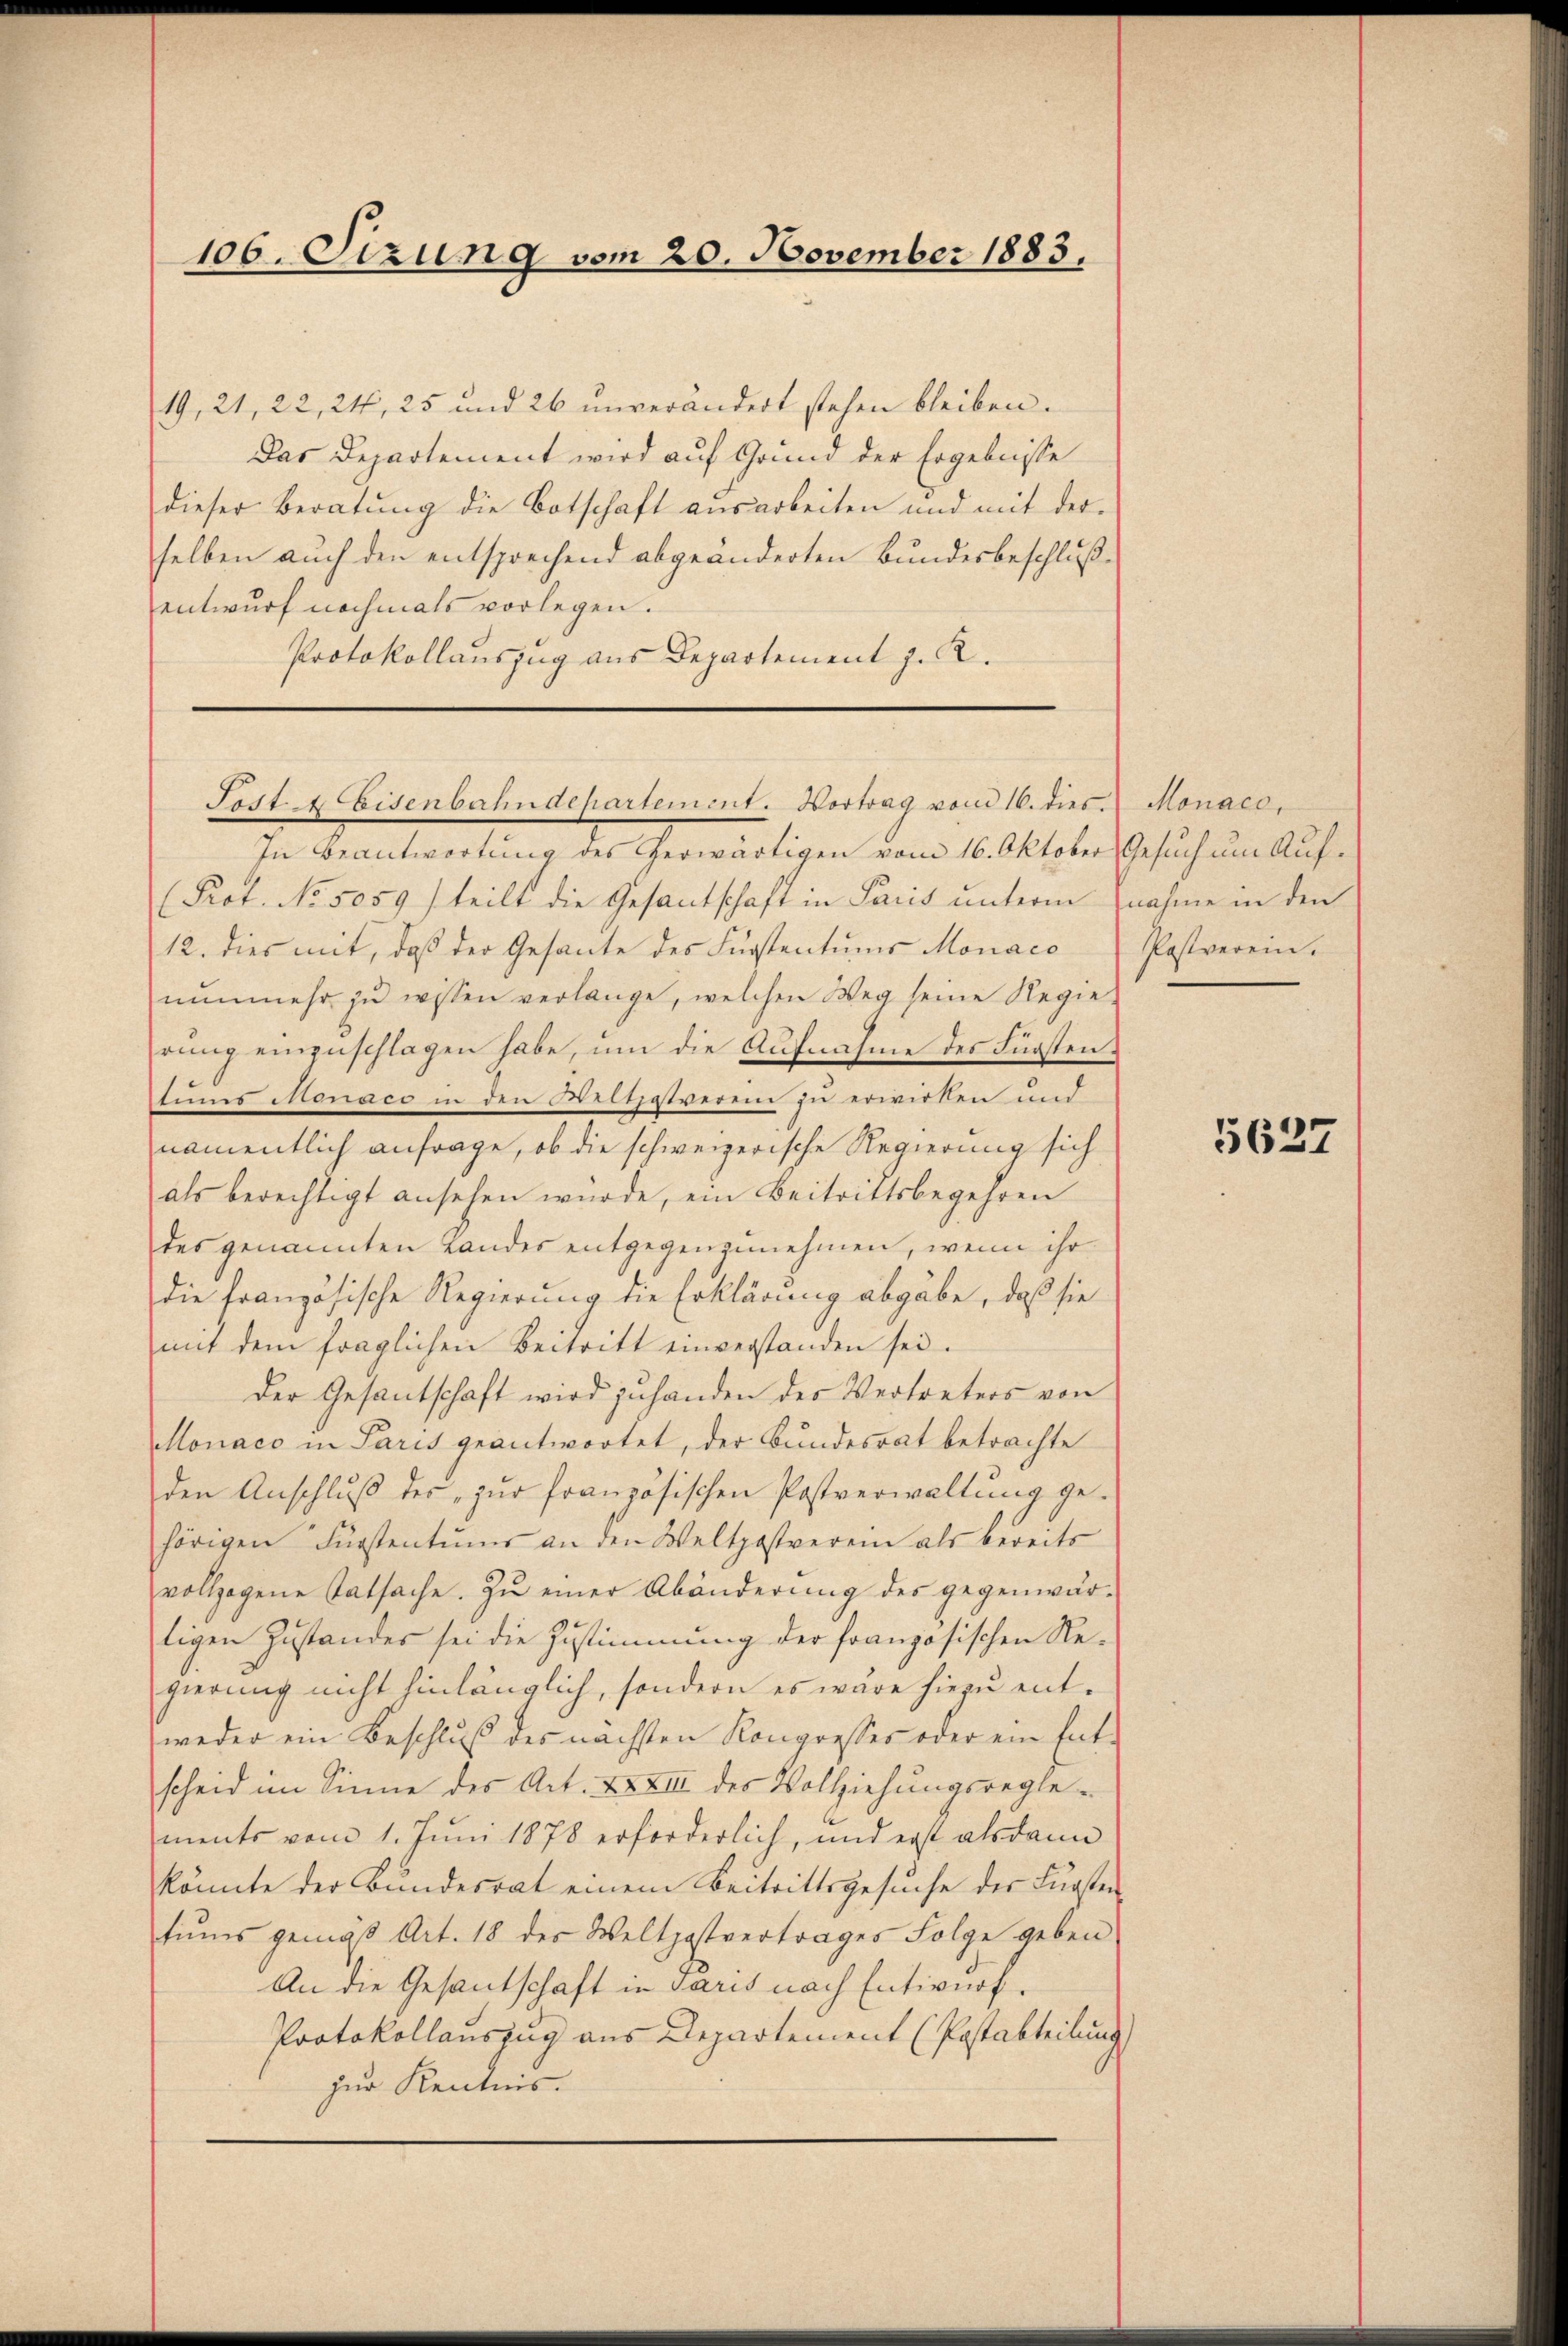
106. Sizung vom 20. November 1883.

19, 21, 22, 24, 25 und 26 unverändert stehen bleiben.
Das Departement wird auf Grund der Ergebnisse
dieser Beratung die Botschaft ausarbeiten und mit der
selben auch den entsprechend abgeänderten Bundesbeschlußentwurf nochmals vorlegen.
Protokollauszug aus Departement J. K.

Sost & Eisenbahndepartement. Vortrag vom 16. dies Monaco,

In Beantwortung des erwärtigen vom 16. Oktober Gesuch um Auf¬
(Prof. No. 5059) teilt die Gesantschaft in Paris unterm nahme in den
12. dies mit, daß der Gesante des Fürstentums Monaco
nŭnmehr zŭ wissen verlange, welchen Weg seine Regie-
rŭng einzuschlagen habe, um die Aufnahme des Fürstentums Monaco in den Weltzptverei zu erwirken und
namentlich anfrage, ob die schweizerische Regierung sich
als berechtigt ansehen würde, ein Beitrittsbegehren
des genannten Landes entgegenzunehmen, wenn ihr
die französische Regierung die Erklärung abgäbe, daß sie
mit dem fraglichen Beitritt einverstanden sei.
Der Gesantschaft wird zuhanden des Vertreters von
onaco in Paris geantwortet, der Bundesrat betrachte
den Anschlŭβ des zŭr französischen Postverwaltŭng ge-
hörigen Fürstentums an den Weltpostverein als bereits
vollzogene Tatsache. Zŭ einer Abänderŭng des gegenwär-
ligen Zustandes sei die Zustimmung der französischen Re-
gierung nicht hinlänglich, sondern es wäre hiezu entweder ein Beschluß des nächsten Kongresses oder ein Ent-
scheid im Sinne des Art. XXXIII des Vollziehŭngsregle-
ments vom 1. Juni 1878 erforderlich, und erst alsdann
könnte der Bundesrat einem Beitrittsgesuche des Fürsten
tiums gemäß Art. 18 des Weltpostvertrages Folge geben
An die Gesantschaft in Paris nach Entwurf.
Protokollauszug aus Departement (Postabteilung
zur Kenntnis.

Postverein.

5627